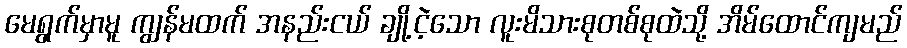
မေရွက်မှာမူ ကျွန်မထက် အနည်းငယ် ချို့ငဲ့သော လူးမိသားစုတစ်စုထဲသို့ အိမ်ထောင်ကျမည်